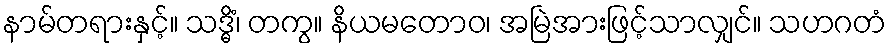
နာမ်တရားနှင့်။ သဒ္ဓိံ၊ တကွ။ နိယမတောဝ၊ အမြဲအားဖြင့်သာလျှင်။ သဟဂတံ